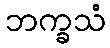
ဘက္ခသံ